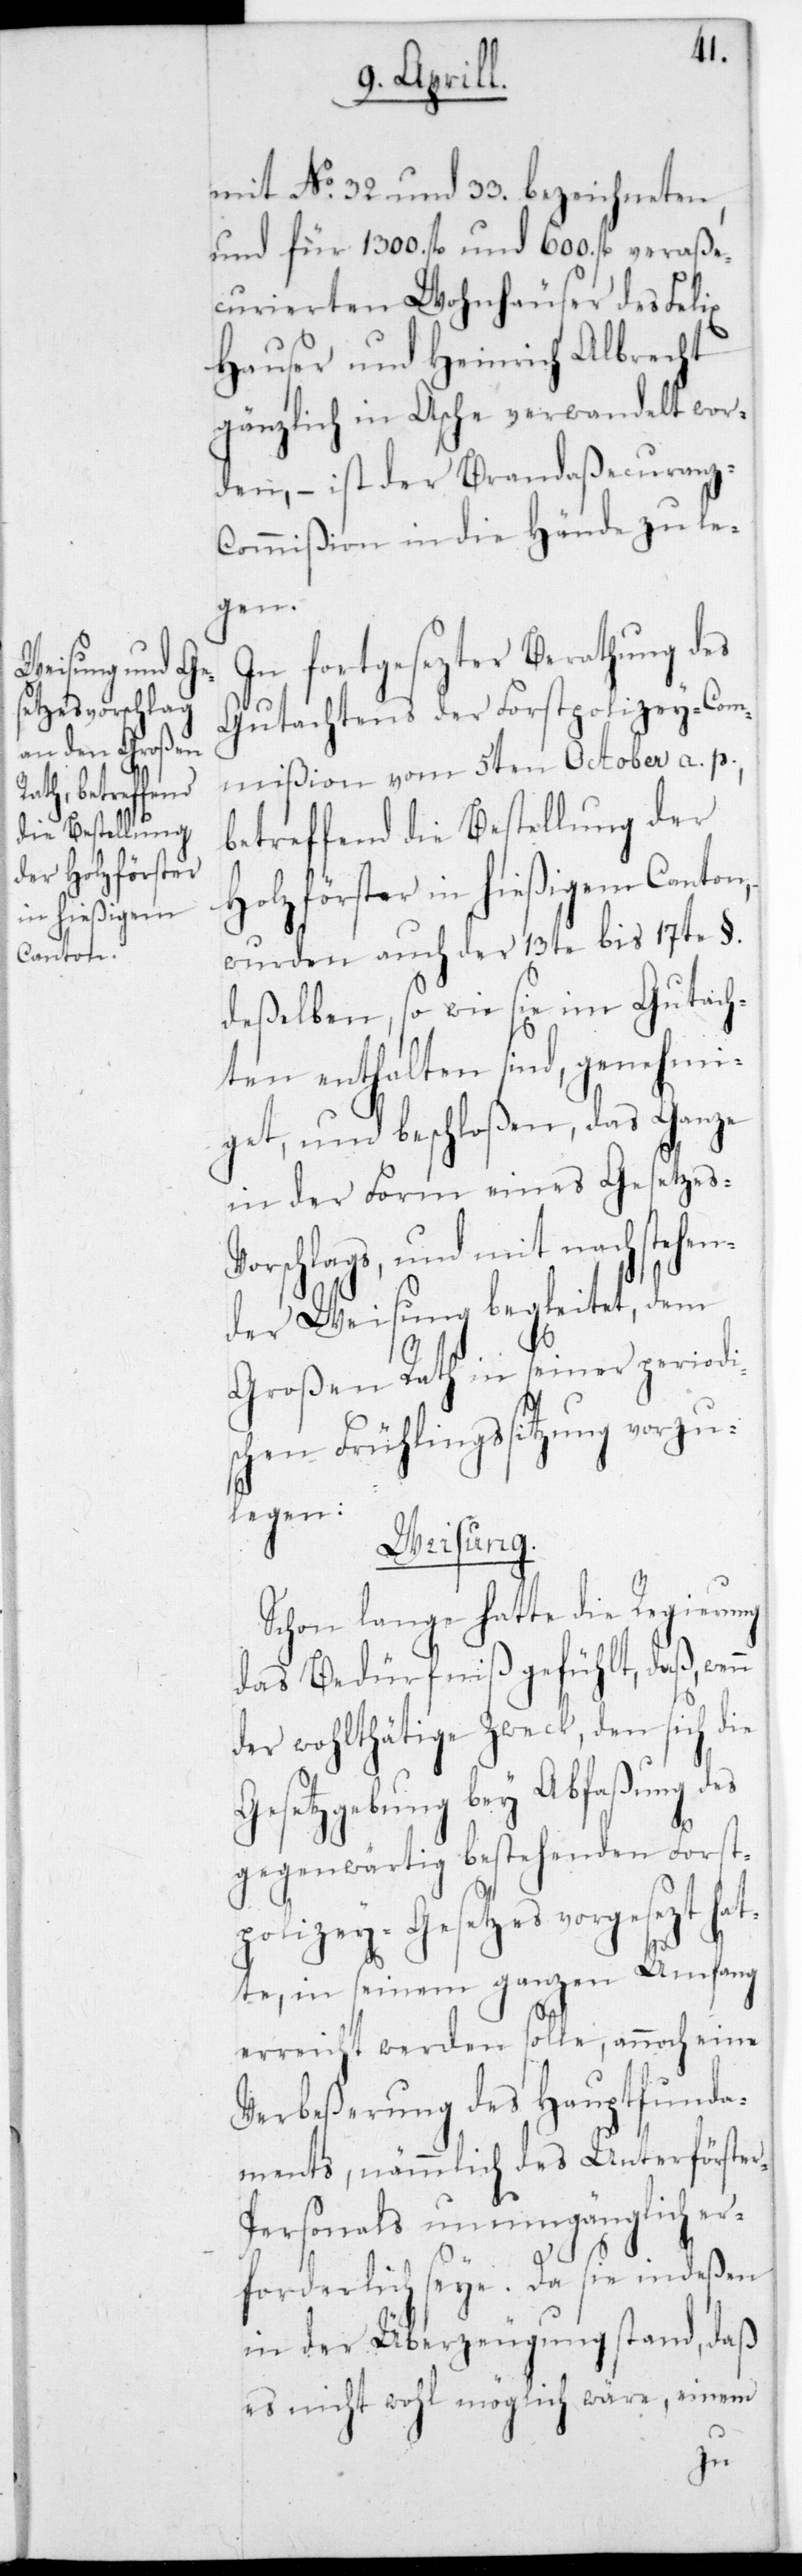
in hießigem
Canton,

mit No. 32. und 33. bezeichneten
und für 1300. fl. und 600. fl. veraße¬
curierten Wohnhäuser des Felix
Hauser und Heinrich Albrecht
gänzlich in Asche verwandelt wor¬
den, – ist der Brandaßecuranz-C¬
ommißion in die Hände zu le¬
gen.
In fortgesezter Berathung des
Gutachtens der Forstpolizey-Com¬
mißion vom 5ten October a. p.,
betreffend die Bestellung der
wurden auch der 13te bis 17te §.
deßelben, sowie sie im Gutach¬
ten enthalten sind, genehmi¬
get und beschloßen, das Ganze
in der Form eines Gesetzesv¬
orschlags, und mit nachstehen¬
der Weisung begleitet, dem
Großen Rath in seiner periodi¬
schen Frühlingssitzung vorzu¬
legen:
Weisung.
Schon lange hatte die Regierung
das Bedürfniß gefühlt, daß wen¬
der wohlthätige Zweck, den sich die
Gesetzgebung bey Abfaßung des
gegenwärtig bestehenden Forst¬
polizey-Gesetzes vorgesezt hat¬
te, in seinem ganzen Umfang
erreicht werden solle, annoch eine
Verbeßerung des Hauptfunda¬
ments, nämmlich des Unterförste¬
ersonals unumgänglich er¬
r-P¬
forderlich seie. Da sie indeßen
in der Überzeugung stand, daß
es nicht wohl möglich wäre, einem
n